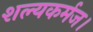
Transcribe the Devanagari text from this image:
शल्यकर्मज।